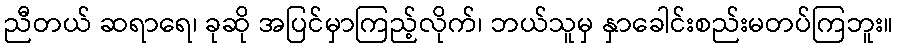
ညီတယ် ဆရာရေ၊ ခုဆို အပြင်မှာကြည့်လိုက်၊ ဘယ်သူမှ နှာခေါင်းစည်းမတပ်ကြဘူး။